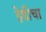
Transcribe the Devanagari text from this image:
हेडीचा